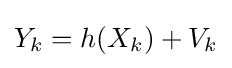
Y_{k}=h(X_{k})+V_{k}